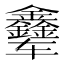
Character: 𲅃